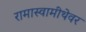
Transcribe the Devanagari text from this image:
रामास्वामीथेवर